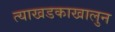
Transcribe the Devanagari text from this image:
त्याखडकाखालुन